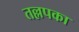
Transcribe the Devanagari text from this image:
तल्लपका